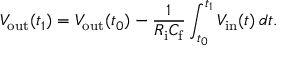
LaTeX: V _ { \mathrm { o u t } } ( t _ { 1 } ) = V _ { \mathrm { o u t } } ( t _ { 0 } ) - { \frac { 1 } { R _ { \mathrm { i } } C _ { \mathrm { f } } } } \int _ { t _ { 0 } } ^ { t _ { 1 } } V _ { \mathrm { i n } } ( t ) \, d t .